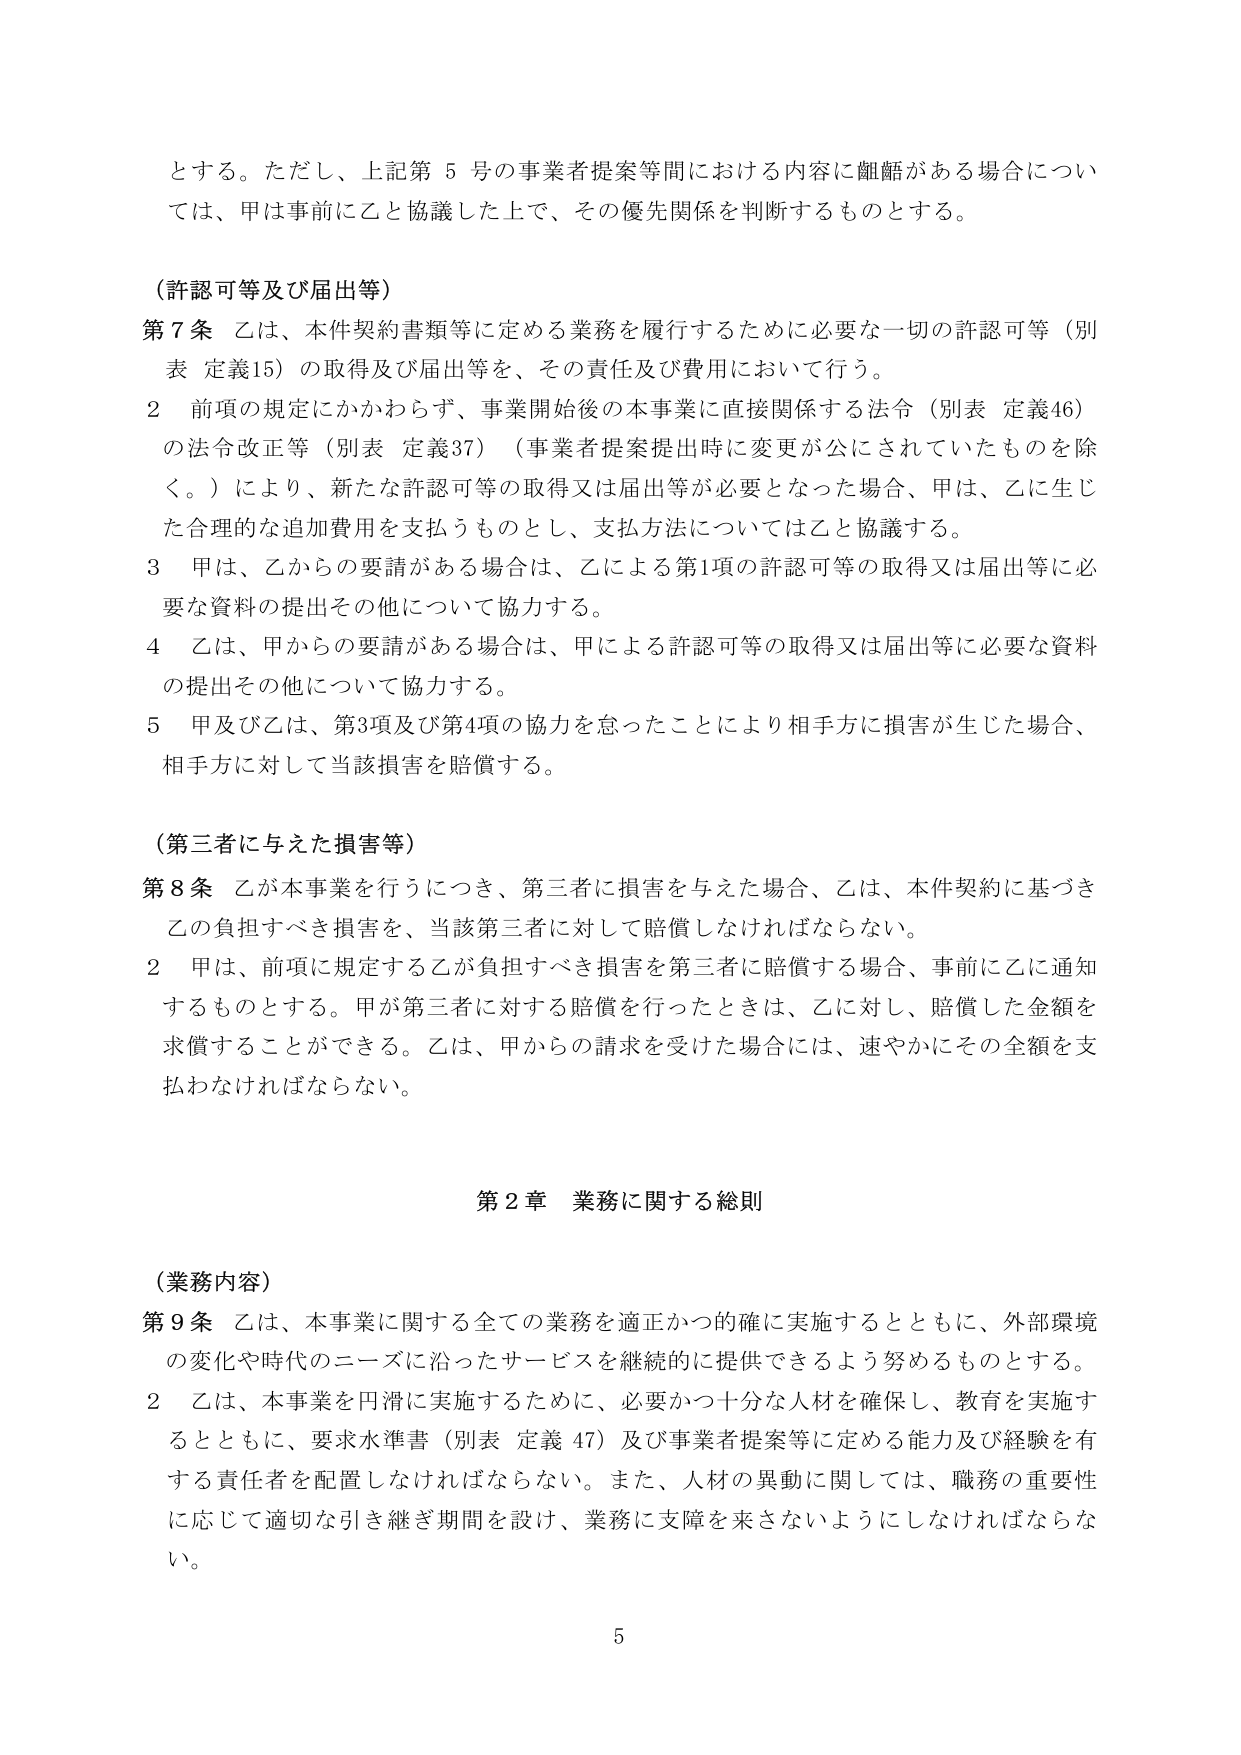
とする。ただし、上記第５号の事業者提案等間における内容に齟齬がある場合については、甲は事前に乙と協議した上で、その優先関係を判断するものとする。

（許認可等及び届出等）

第７条 乙は、本件契約書類等に定める業務を履行するために必要な一切の許認可等（別表 定義15）の取得及び届出等を、その責任及び費用において行う。

２ 前項の規定にかかわらず、事業開始後の本事業に直接関係する法令（別表 定義46）の法令改正等（別表 定義37）（事業者提案提出時に変更が公にされていたものを除く。）により、新たな許認可等の取得又は届出等が必要となった場合、甲は、乙に生じた合理的な追加費用を支払うものとし、支払方法については乙と協議する。

３ 甲は、乙からの要請がある場合は、乙による第1項の許認可等の取得又は届出等に必要な資料の提出その他について協力する。

４ 乙は、甲からの要請がある場合は、甲による許認可等の取得又は届出等に必要な資料の提出その他について協力する。

５ 甲及び乙は、第3項及び第4項の協力を怠ったことにより相手方に損害が生じた場合、相手方に対して当該損害を賠償する。

（第三者に与えた損害等）

第８条 乙が本事業を行うにつき、第三者に損害を与えた場合、乙は、本件契約に基づき乙の負担すべき損害を、当該第三者に対して賠償しなければならない。

２ 甲は、前項に規定する乙が負担すべき損害を第三者に賠償する場合、事前に乙に通知するものとする。甲が第三者に対する賠償を行ったときは、乙に対し、賠償した金額を求償することができる。乙は、甲からの請求を受けた場合には、速やかにその全額を支払わなければならない。

第２章 業務に関する総則

（業務内容）

第９条 乙は、本事業に関する全ての業務を適正かつ的確に実施するとともに、外部環境の変化や時代のニーズに沿ったサービスを継続的に提供できるよう努めるものとする。

２ 乙は、本事業を円滑に実施するために、必要かつ十分な人材を確保し、教育を実施するとともに、要求水準書（別表 定義47）及び事業者提案等に定める能力及び経験を有する責任者を配置しなければならない。また、人材の異動に関しては、職務の重要性に応じて適切な引き継ぎ期間を設け、業務に支障を来さないようにしなければならない。

5